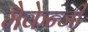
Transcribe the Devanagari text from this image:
मैकेन्जी